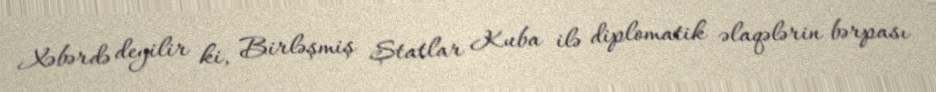
Xəbərdə deyilir ki, Birləşmiş Ştatlar Kuba ilə diplomatik əlaqələrin bərpası